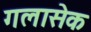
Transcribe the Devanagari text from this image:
गलासेक